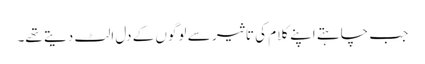
جب چاہتے اپنے کلام کی تاثیر سے لوگوں کے دل الٹ دیتے تھے۔